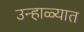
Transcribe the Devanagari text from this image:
उन्हा़ळ्यात